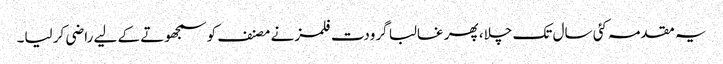
یہ مقدمہ کئی سال تک چلا، پھر غالبا گرودت فلمز نے مصنف کو سمجھوتے کے لیے راضی کر لیا۔